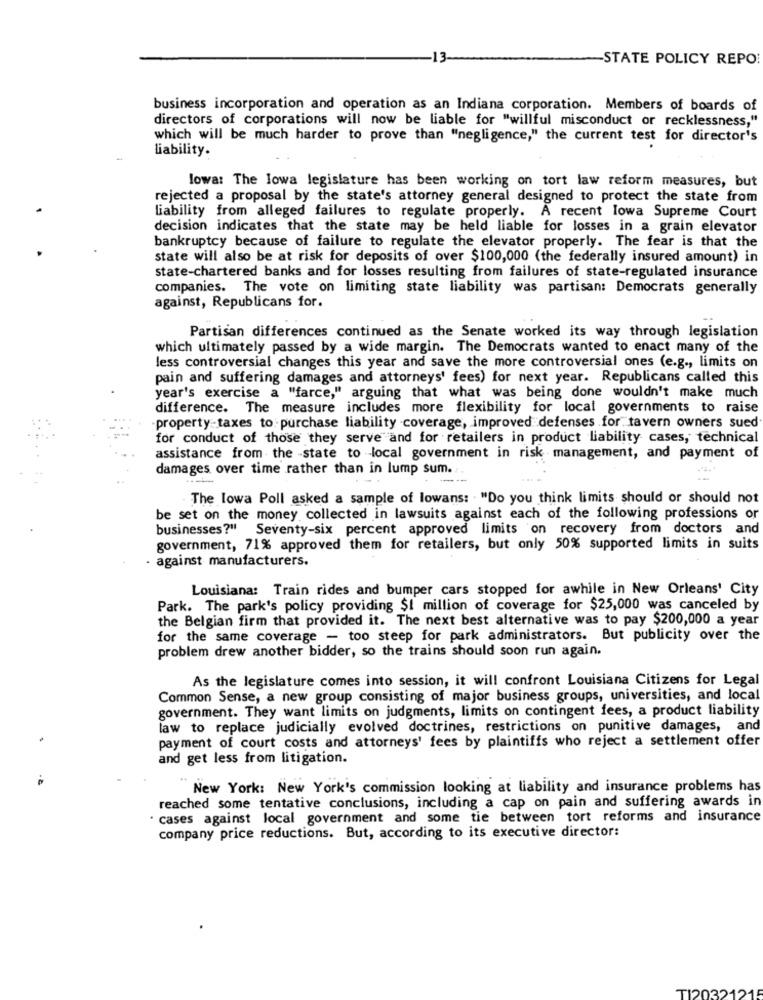
13
-STATE POLICY REPO
business incorporation and operation as an Indiana corporation. Members of boards of
directors of corporations will now be liable for "willful misconduct or recklessness,"
which will be much harder to prove than "negligence," the current test for director's
liability.
lowa: The lowa legislature has been working on tort law reform measures, but
rejected a proposal by the state's attorney general designed to protect the state from
liability from alleged failures to regulate properly. A recent lowa Supreme Court
decision indicates that the state may be held liable for losses in a grain elevator
bankruptcy because of failure to regulate the elevator properly. The fear is that the
state will also be at risk for deposits of over $100,000 (the federally insured amount) in
state-chartered banks and for losses resulting from failures of state-regulated insurance
companies. The vote on limiting state liability was partisan: Democrats generally
against, Republicans for.
Partisan differences continued as the Senate worked its way through legislation
which ultimately passed by a wide margin. The Democrats wanted to enact many of the
less controversial changes this year and save the more controversial ones (e.g ., limits on
pain and suffering damages and attorneys' fees) for next year. Republicans called this
year's exercise a "farce," arguing that what was being done wouldn't make much
difference. The measure includes more flexibility for local governments to raise
-property-taxes to purchase liability coverage, improved defenses for tavern owners sued
for conduct of those they serve and for retailers in product liability cases, technical
assistance from the -state to local government in risk management, and payment of
damages over time rather than in lump sum.
The lowa Poll asked a sample of lowans: . "Do you think limits should or should not
be set on the money collected in lawsuits against each of the following professions or
businesses?" Seventy-six percent approved limits on recovery from doctors and
government, 71% approved them for retailers, but only 50% supported limits in suits
· against manufacturers.
Louisiana: Train rides and bumper cars stopped for awhile in New Orleans' City
Park. The park's policy providing $1 million of coverage for $25,000 was canceled by
the Belgian firm that provided it. The next best alternative was to pay $200,000 a year
for the same coverage - too steep for park administrators. But publicity over the
problem drew another bidder, so the trains should soon run again.
As the legislature comes into session, it will confront Louisiana Citizens for Legal
Common Sense, a new group consisting of major business groups, universities, and local
government. They want limits on judgments, limits on contingent fees, a product liability
law to replace judicially evolved doctrines, restrictions on punitive damages, and
payment of court costs and attorneys' fees by plaintiffs who reject a settlement offer
and get less from litigation.
New York: New York's commission looking at liability and insurance problems has
reached some tentative conclusions, including a cap on pain and suffering awards in
cases against local government and some tie between tort reforms and insurance
company price reductions. But, according to its executive director:
TI20321215